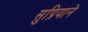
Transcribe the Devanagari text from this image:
सुप्रियाने